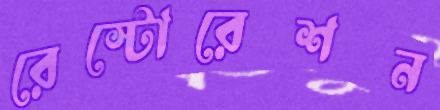
রেস্টোরেশন